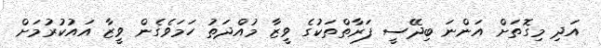
އަދި މިގޮތަށް އަންނަ ބިދޭސީ ފަރާތްތަކުގެ ވީޒާ މުއްދަތު ހަމަވެގެން ވީޒާ އައުކުރުމަށް